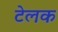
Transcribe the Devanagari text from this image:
टेलक